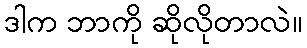
ဒါက ဘာကို ဆိုလိုတာလဲ။